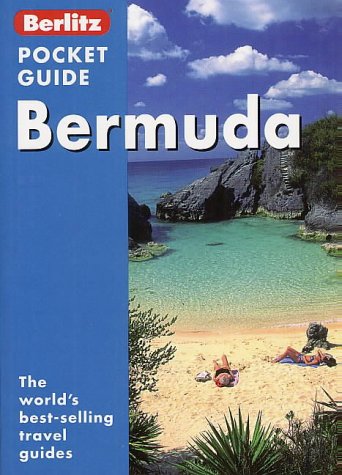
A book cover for Bermuda Berlitz Pocket Guide (Berlitz Pocket Guides); *             ; Travel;